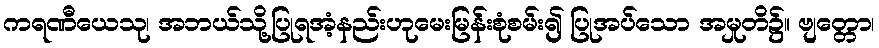
ကရဏီယေသု၊ အဘယ်သို့ပြုရအံ့နည်းဟုမေးမြန်းစုံစမ်း၍ ပြုအပ်သော အမှုတိ၌။ ဗျတ္တော၊